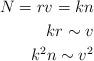
LaTeX: \begin{align*} N=rv=kn \\ kr \sim v \\ k^2n \sim v^2 \end{align*}